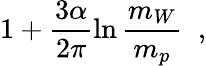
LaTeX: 1+\frac{3\alpha}{2\pi}\ln\frac{m_{W}}{m_{p}}\; \; ,